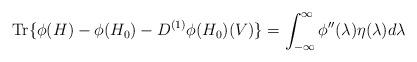
LaTeX: \begin{align*} \textup{Tr}\{\phi(H) - \phi(H_0) - D^{(1)}\phi(H_0)(V)\} = \int_{-\infty}^{\infty} \phi''(\lambda) \eta(\lambda)d\lambda\end{align*}